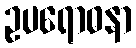
ဥပရောဓနာ